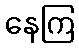
နေကြ